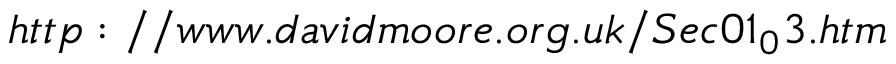
h t t p : / / w w w . d a v i d m o o r e . o r g . u k / S e c 0 1 _ { 0 } 3 . h t m